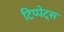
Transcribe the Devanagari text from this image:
टिप्‍पेट्स